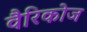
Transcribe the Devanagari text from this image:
वैरिकोज